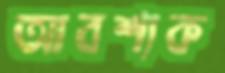
আবশ্যক